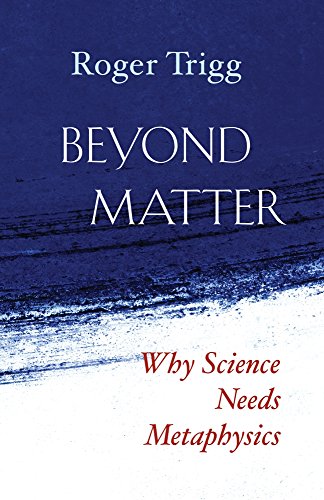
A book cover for Beyond Matter: Why Science Needs Metaphysics; Roger Trigg; Politics & Social Sciences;